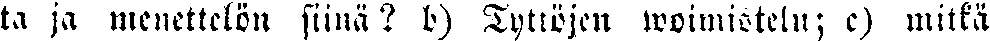
ta ja menettelön siinä? b) Tyttöjen woimistelu; c) mitkä